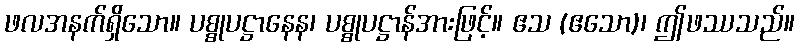
ဖလအနက်ရှိသော။ ပစ္စုပဋ္ဌာနေန၊ ပစ္စုပဋ္ဌာန်အားဖြင့်။ ဧသ (ဧသော)၊ ဤဖဿသည်။